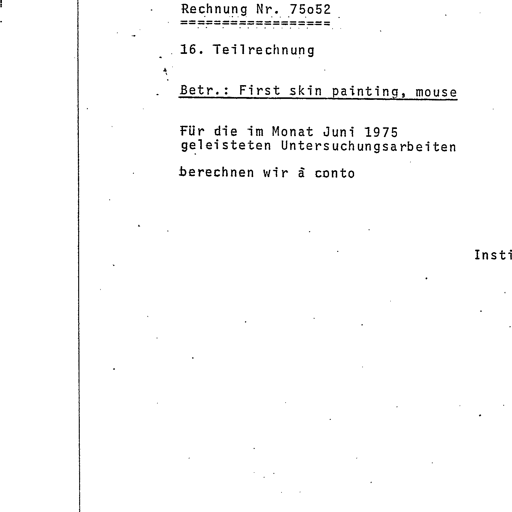
Transcript:
Rechnung Nr. 75o52
===============
16. Teilrechnung
Betr.: First skin painting, mouse
Für die im Monat Juni 1975
geleisteten Untersuchungsarbeiten
berechnen wir à conto
Insti